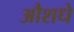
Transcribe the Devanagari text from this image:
औशधे